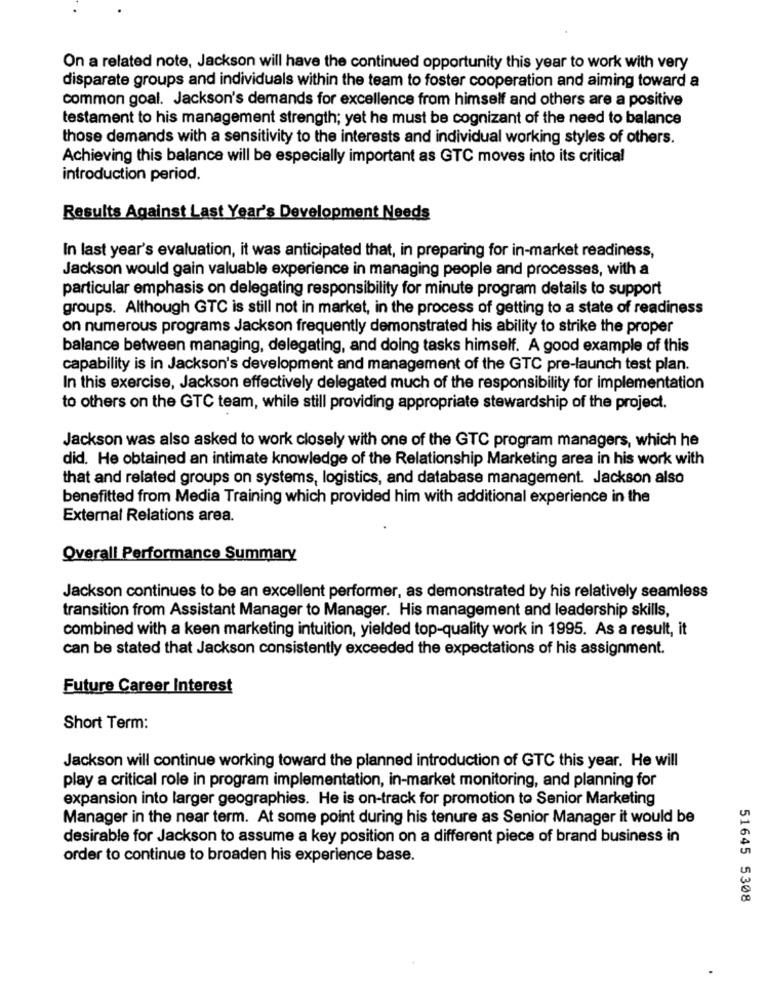
On a related note, Jackson will have the continued opportunity this year to work with very
disparate groups and individuals within the team to foster cooperation and aiming toward a
common goal. Jackson's demands for excellence from himself and others are a positive
testament to his management strength; yet he must be cognizant of the need to balance
those demands with a sensitivity to the interests and individual working styles of others.
Achieving this balance will be especially important as GTC moves into its critical
introduction period.
Results Against Last Year's Development Needs
In last year's evaluation, it was anticipated that, in preparing for in-market readiness,
Jackson would gain valuable experience in managing people and processes, with a
particular emphasis on delegating responsibility for minute program details to support
groups. Although GTC is still not in market, in the process of getting to a state of readiness
on numerous programs Jackson frequently demonstrated his ability to strike the proper
balance between managing, delegating, and doing tasks himself. A good example of this
capability is in Jackson's development and management of the GTC pre-launch test plan.
In this exercise, Jackson effectively delegated much of the responsibility for implementation
to others on the GTC team, while still providing appropriate stewardship of the project.
Jackson was also asked to work closely with one of the GTC program managers, which he
did. He obtained an intimate knowledge of the Relationship Marketing area in his work with
that and related groups on systems, logistics, and database management. Jackson also
benefitted from Media Training which provided him with additional experience in the
External Relations area.
Overall Performance Summary
Jackson continues to be an excellent performer, as demonstrated by his relatively seamless
transition from Assistant Manager to Manager. His management and leadership skills,
combined with a keen marketing intuition, yielded top-quality work in 1995. As a result, it
can be stated that Jackson consistently exceeded the expectations of his assignment.
Future Career Interest
Short Term:
Jackson will continue working toward the planned introduction of GTC this year. He will
play a critical role in program implementation, in-market monitoring, and planning for
expansion into larger geographies. He is on-track for promotion to Senior Marketing
Manager in the near term. At some point during his tenure as Senior Manager it would be
desirable for Jackson to assume a key position on a different piece of brand business in
order to continue to broaden his experience base.
51645 5308